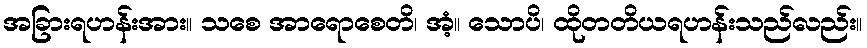
အခြားရဟန်းအား။ သစေ အာရောစေတိ၊ အံ့။ သောပိ၊ ထိုတတိယရဟန်းသည်လည်း။